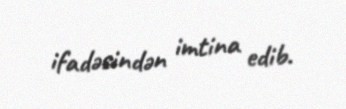
ifadəsindən imtina edib.